Insane asylums in Bengal annual reports 1876-1887 - 1876-1887
Year: 1876
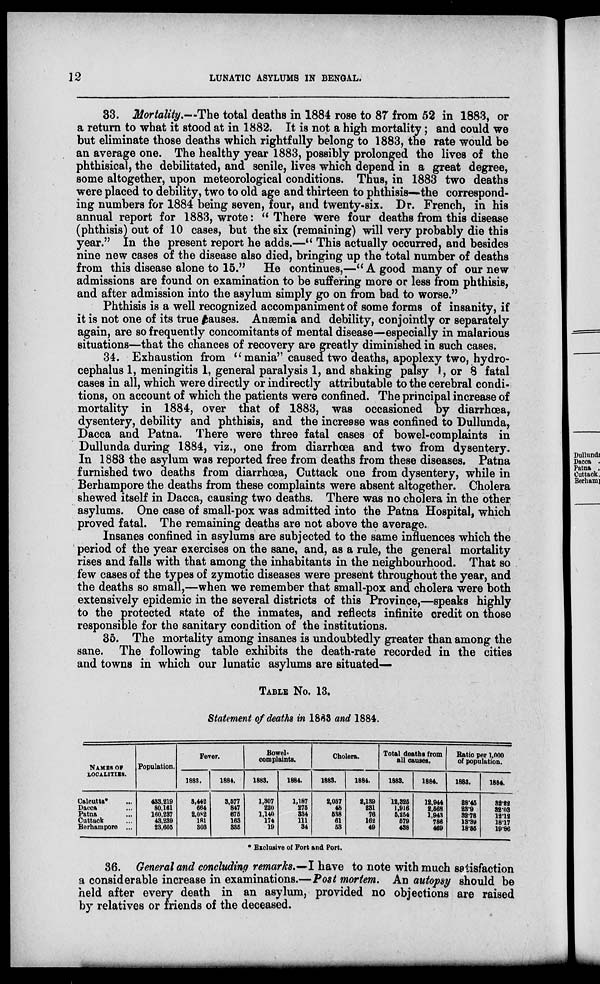
12
LUNATIC ASYLUMS IN BENGAL.
33. Mortality.—The total deaths in 1884 rose to 87 from 52 in 1883, or
a return to what it stood at in 1882. It is not a high mortality; and could we
but eliminate those deaths which rightfully belong to 1883, the rate would be
an average one. The healthy year 1883, possibly prolonged the lives of the
phthisical, the debilitated, and senile, lives which depend in a great degree,
some altogether, upon meteorological conditions. Thus, in 1883 two deaths
were placed to debility, two to old age and thirteen to phthisis—the correspond-
ing numbers for 1884 being seven, four, and twenty-six. Dr. French, in his
annual report for 1883, wrote: " There were four deaths from this disease
(phthisis) out of 10 cases, but the six (remaining) will very probably die this
year." In the present report he adds.—" This actually occurred, and besides
nine new cases of the disease also died, bringing up the total number of deaths
from this disease alone to 15." He continues,—"A good many of our new
admissions are found on examination to be suffering more or less from phthisis,
and after admission into the asylum simply go on from bad to worse."
Phthisis is a well recognized accompaniment of some forms of insanity, if
it is not one of its true causes. Anæmia and debility, conjointly or separately
again, are so frequently concomitants of mental disease—especially in malarious
situations—that the chances of recovery are greatly diminished in such cases,
34. Exhaustion from " mania" caused two deaths, apoplexy two, hydro-
cephalus 1, meningitis 1, general paralysis 1, and shaking palsy I, or 8 fatal
cases in all, which were directly or indirectly attributable to the cerebral condi-
tions, on account of which the patients were confined. The principal increase of
mortality in 1884, over that of 1883, was occasioned by diarrhœa,
dysentery, debility and phthisis, and the increase was confined to Dullunda,
Dacca and Patna. There were three fatal cases of bowel-complaints in
Dullunda during 1884, viz., one from diarrhœa and two from dysentery.
In 1883 the asylum was reported free from deaths from these diseases. Patna
furnished two deaths from diarrhoea, Cuttack one from dysentery, while in
Berhampore the deaths from these complaints were absent altogether. Cholera
shewed itself in Dacca, causing two deaths. There was no cholera in the other
asylums. One case of small-pox was admitted into the Patna Hospital, which
proved fatal. The remaining deaths are not above the average.
Insanes confined in asylums are subjected to the same influences which the
period of the year exercises on the sane, and, as a rule, the general mortality
rises and falls with that among the inhabitants in the neighbourhood. That so
few cases of the types of zymotic diseases were present throughout the year, and
the deaths so small,—when we remember that small-pox and cholera were both
extensively epidemic in the several districts of this Province,—speaks highly
to the protected state of the inmates, and reflects infinite credit on those
responsible for the sanitary condition of the institutions.
35. The mortality among insanes is undoubtedly greater than among the
sane. The following table exhibits the death-rate recorded in the cities
and towns in which our lunatic asylums are situated—
TABLE No. 13.
Statement of deaths in 1883 and 1884.
NAMES OF
LOCALITIES.
Calcutta* ...
Dacca ...
Patna ...
Cuttack ...
Berhampore ...
Population.
433,219
80,161
160,237
43,239
23,605
Fever.
1883.
3,442
664
2,082
181
303
1884.
3,577
847
675
163
335
Bowel-
complaints.
1883.
1,307
220
1,140
174
10
1884.
1,187
275
334
111
34
Cholera.
1883.
2,037
48
538
61
23
1884.
2,139
231
76
162
49
Total deaths from
all causes.
1883.
12,325
1,916
5,254
579
438
1884.
12,944
2,568
1,943
786
469
Ratio per 1,000
of population.
1883.
28.45
23.9
32.78
13.39
18.55
1884.
32.22 32.03 12.12 18.17 19.86
* Exclusive of Fort and Port.
36. General and concluding remarks.—I have to note with much satisfaction
a considerable increase in examinations.—Post mortem. An autopsy should be
held after every death in an asylum, provided no objections are raised
by relatives or friends of the deceased.